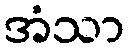
အံသာ